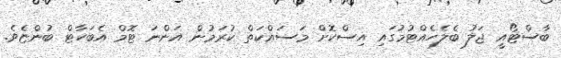
ބާސްޓޯއީ ޖަލު ބެލެހެއްޓުމުގައި އިސްކޮށް މަސައްކަތް ކުރަމުން އަންނަ ޓޮމް އެބަހާޓް ބުންޏެވެ.